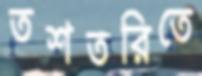
তশতরিতে